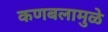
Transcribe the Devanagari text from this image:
कणबलामुळे